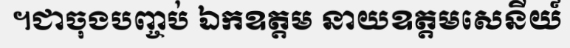
។ជាចុងបញ្ចប់ ឯកឧត្តម នាយឧត្តមសេនីយ៍